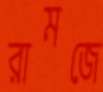
রামজে